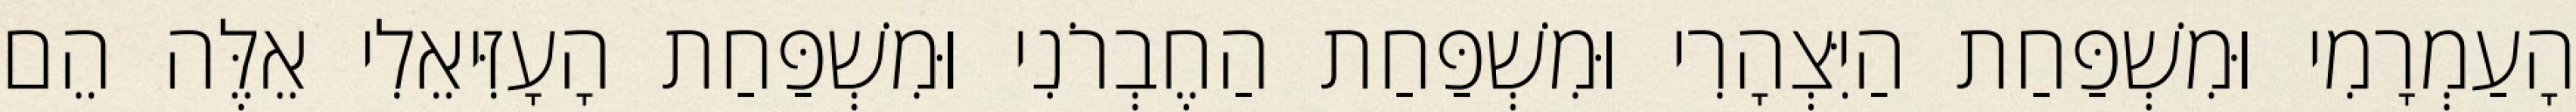
הָעַמְרָמִי וּמִשְׁפַּחַת הַיִּצְהָרִי וּמִשְׁפַּחַת הַחֶבְרֹנִי וּמִשְׁפַּחַת הָעָזִּיאֵלִי אֵלֶּה הֵם